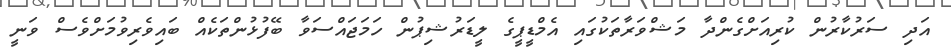
އަދި ސަރުކާރުން ކުރިއަށްގެންދާ މަޝްވަރާތަކުގައި އެމްޑީޕީގެ ލީޑަރުޝިޕުން ހަމަޖައްސަވާ ބޭފުޅުންތަކެއް ބައިވެރިވުމަށްވެސް ވަނީ